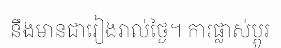
នឹងមានជារៀងរាល់ថ្ងៃ។ ការផ្លាស់ប្តូរ